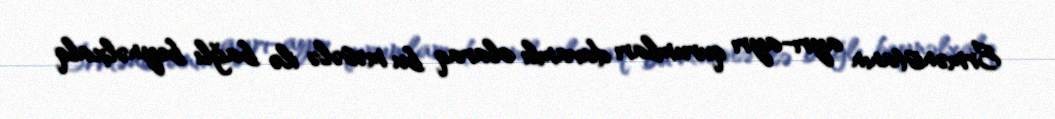
Ermənistanın ayrı-ayrı qurumları davamlı olaraq bu məsələ ilə bağlı beynəlxalq